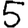
Digit: 5